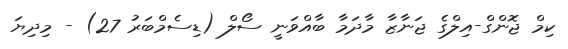
ކިމް ޖޮންގް-އިލްގެ ޖަނާޒާ މާދަމާ ބާއްވަނީ ސޯލް (ޑިސެމްބަރު 27) - މިދިޔަ